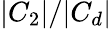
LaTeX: |C_{2}|/|C_{d}|